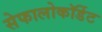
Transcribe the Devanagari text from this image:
सेफालोकॉर्डेट